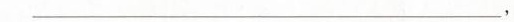
波涛，推动着人生；_,